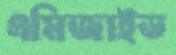
এমিজাইড